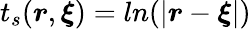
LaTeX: t_{s}(\boldsymbol{r},\boldsymbol{\xi})=ln(|\boldsymbol{r}-\boldsymbol{\xi}|)